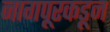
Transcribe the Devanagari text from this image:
नागपूरकडून